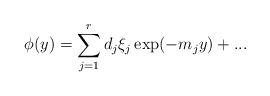
LaTeX: \begin{align*}\phi (y)=\sum_{j=1}^{r}d_{j}\xi _{j}\exp (-m_{j}y)+... \end{align*}